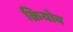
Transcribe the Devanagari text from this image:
क्रियोब